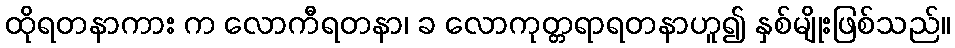
ထိုရတနာကား က လောကီရတနာ၊ ခ လောကုတ္တရာရတနာဟူ၍ နှစ်မျိုးဖြစ်သည်။